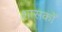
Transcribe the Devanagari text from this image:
शासकोँ